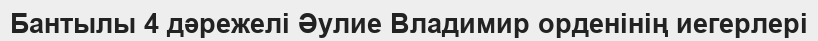
Бантылы 4 дәрежелі Әулие Владимир орденінің иегерлері